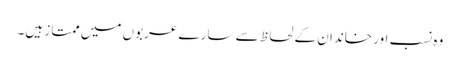
وہ نسب اور خاندان کے لحاظ سے سارے عربوں میں ممتاز ہیں۔